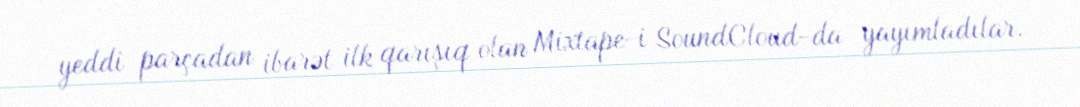
yeddi parçadan ibarət ilk qarışıq olan Mixtape-i SoundCloud-da yayımladılar.